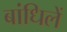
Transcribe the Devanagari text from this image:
बांधिलें